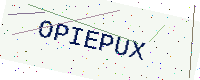
Text: OPIEPUX